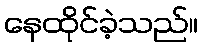
နေထိုင်ခဲ့သည်။